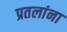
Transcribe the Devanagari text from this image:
प्रतलांना